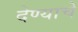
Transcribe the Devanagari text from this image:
देण्‍याचे